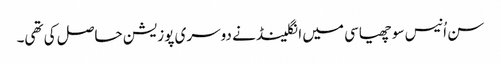
سن اُنیس سو چھیاسی میں انگلینڈ نے دوسری پوزیشن حاصل کی تھی۔